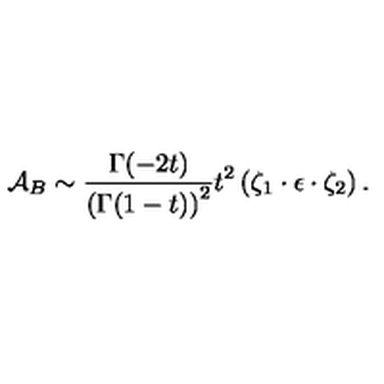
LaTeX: { \cal A } _ { B } \sim { \frac { \Gamma ( - 2 t ) } { \left( \Gamma ( 1 - t ) \right) ^ { 2 } } } t ^ { 2 } \left( \zeta _ { 1 } \cdot \epsilon \cdot \zeta _ { 2 } \right) .